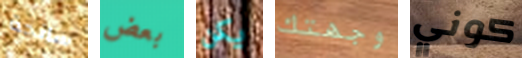
سانحة بعض يكن وجهتك كوني